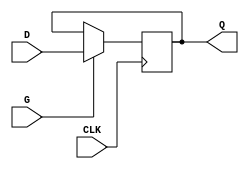
module edge_triggered_gated_latch (
    input wire D,    // Data input
    input wire G,    // Gate input
    input wire CLK,  // Clock input
    output reg Q     // Output
);

// Always block triggered on the rising edge of the clock
always @(posedge CLK) begin
    if (G) begin
        Q <= D;  // Latch the data when gate is active
    end
    // If G is not active, Q retains its value
end

endmodule